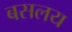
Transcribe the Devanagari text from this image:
बसलय